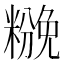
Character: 𰫌